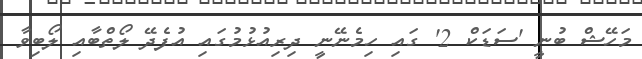
މަހޭޝް ބުނީ 'ސަޑަކް 2' ގައި ހިމެނޭނީ ދިރިއުޅުމުގައި އުފެދޭ ލޯތްބާއި ލޯބިވާ